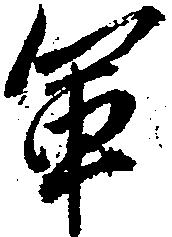
軍